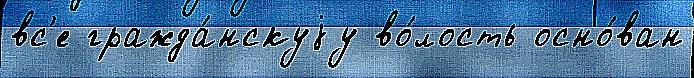
вс'е гражда́нскуjу во́лость осно́ван